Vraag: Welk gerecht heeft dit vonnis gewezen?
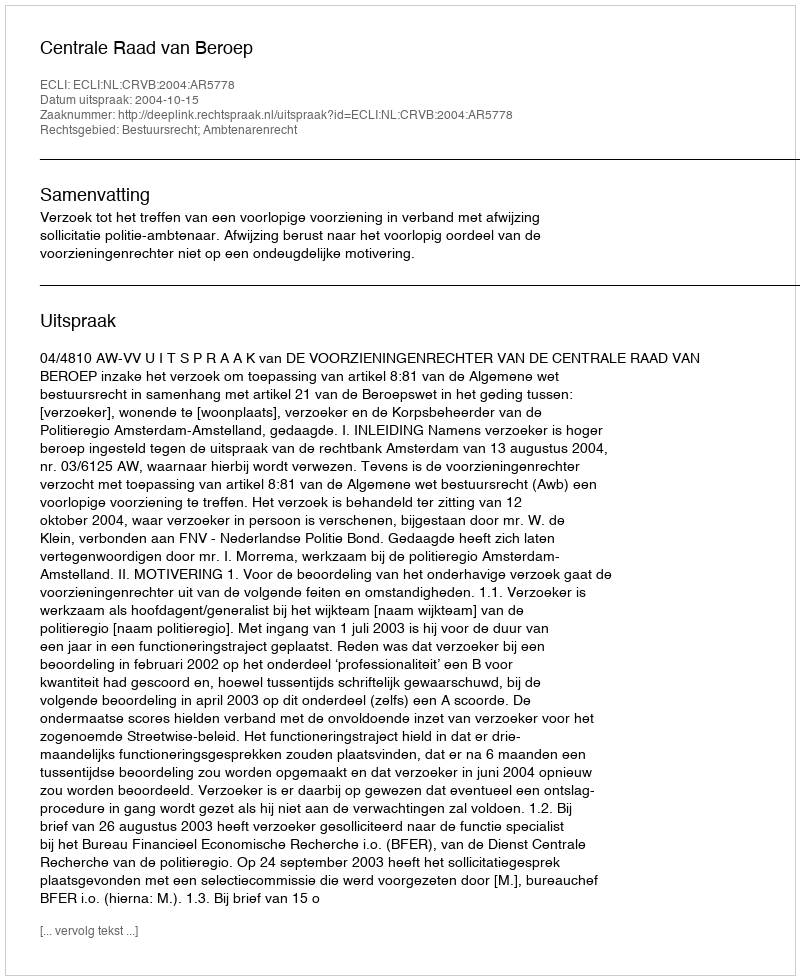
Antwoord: Centrale Raad van Beroep